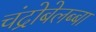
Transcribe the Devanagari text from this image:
चंद्रोबेलब्बा